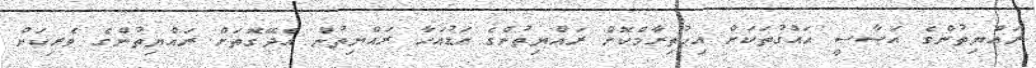
ރައްޔިތުންގެ އަސާސީ ހައްގުތަކަށް އިޙުތިރާމްކޮށް ރައްޔިތުންގެ އަޑުއަހާ ރައްޔިތުން އެދޭގޮތަށް ރައްޔިތުންގެ ވެރިކަން